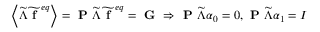
\left\langle \widetilde { \Lambda } \widetilde { \textbf { f } } ^ { e q } \right\rangle = \textbf { P } \widetilde { \Lambda } \widetilde { \textbf { f } } ^ { e q } = \textbf { G } \Rightarrow \textbf { P } \widetilde { \Lambda } \boldsymbol { \alpha } _ { 0 } = 0 , \textbf { P } \widetilde { \Lambda } \boldsymbol { \alpha } _ { 1 } = I